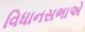
વિધાનસભાએ